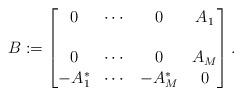
LaTeX: \begin{align*}B := \begin{bmatrix}0 & \cdots & 0 & A_1 \\ \\0 & \cdots & 0 & A_{M} \\ -A_1^\ast & \cdots & -A_{M}^\ast & 0 \end{bmatrix}.\end{align*}